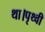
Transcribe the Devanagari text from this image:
था।पृथ्वी